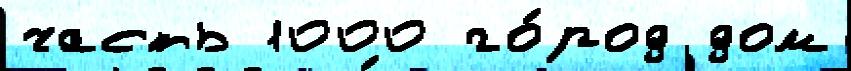
часть 1000 го́род дом